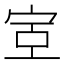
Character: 𫳇